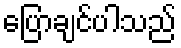
ပြောချင်ပါသည်